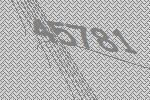
45781